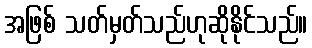
အဖြစ် သတ်မှတ်သည်ဟုဆိုနိုင်သည်။